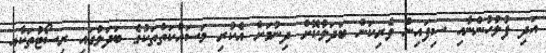
އަދި ފުލުހުންނާއި ސިފައިން ވެރިކަން ބަދަލުކޮށް ދިނުމަށް އެކުރި މަސައްކަތްތަކުގެ ބަދަލުގައި ރިސޯޓުތަކާއި